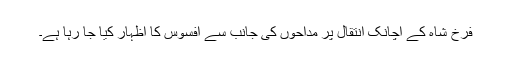
فرخ شاہ کے اچانک انتقال پر مداحوں کی جانب سے افسوس کا اظہار کیا جا رہا ہے۔